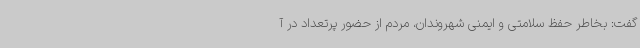
گفت: بخاطر حفظ سلامتی و ایمنی شهروندان، مردم از حضور پرتعداد در آ